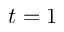
t = 1